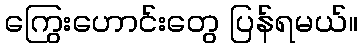
ကြွေးဟောင်းတွေ ပြန်ရမယ်။